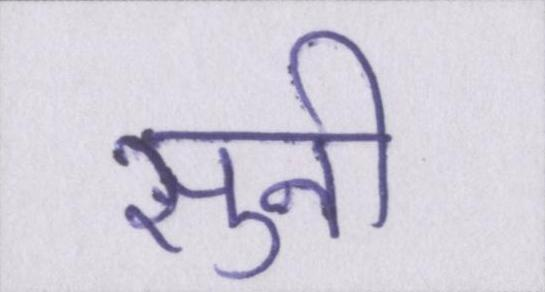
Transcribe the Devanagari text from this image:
सुनी